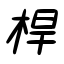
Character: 桿